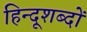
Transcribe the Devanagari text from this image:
हिन्दूशब्दों